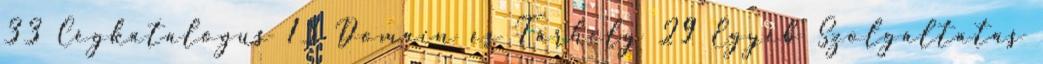
33 Cégkatalógus 13 Domain és Tárhely 29 Egyéb Szolgáltatás